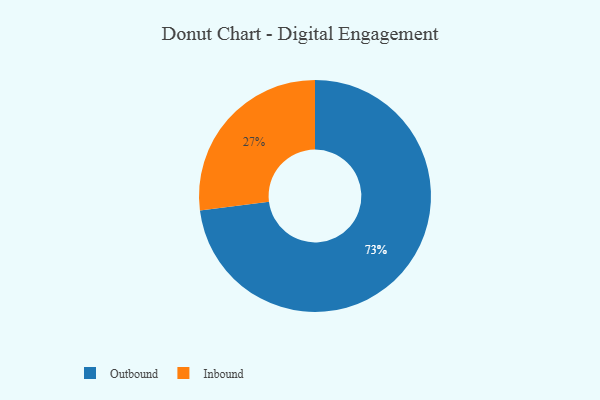
{"axis": {"x": "Category", "y": "Percentage"}, "legend": ["Inbound", "Outbound"], "data": [{"x": "Inbound", "y": 27, "type": "Inbound"}, {"x": "Outbound", "y": 73, "type": "Outbound"}]}